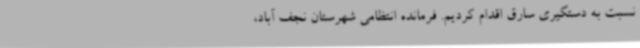
نسبت به دستگیری سارق اقدام کردیم. فرمانده انتظامی شهرستان نجف آباد،